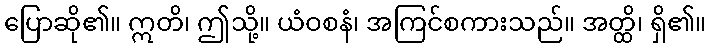
ပြောဆို၏။ ဣတိ၊ ဤသို့။ ယံဝစနံ၊ အကြင်စကားသည်။ အတ္ထိ၊ ရှိ၏။